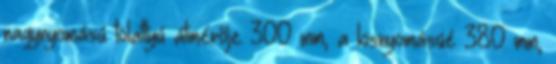
nagynyomású tolattyú átmérője 300 mm, a kisnyomásúé 380 mm,